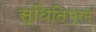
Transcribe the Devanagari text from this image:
स्थितिभ्रम